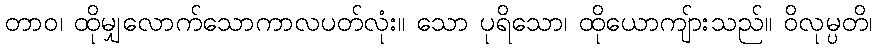
တာဝ၊ ထိုမျှလောက်သောကာလပတ်လုံး။ သော ပုရိသော၊ ထိုယောကျ်ားသည်။ ဝိလုမ္ပတိ၊